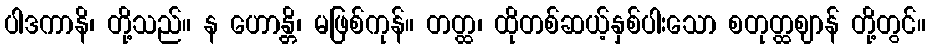
ပါဒကာနိ၊ တို့သည်။ န ဟောန္တိ၊ မဖြစ်ကုန်။ တတ္ထ၊ ထိုတစ်ဆယ့်နှစ်ပါးသော စတုတ္ထဈာန် တို့တွင်။